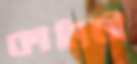
কামিনী